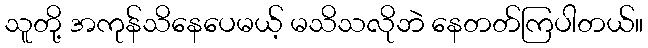
သူတို့ အကုန်သိနေပေမယ့် မသိသလိုဘဲ နေတတ်ကြပါတယ်။